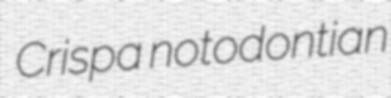
Crispa notodontian